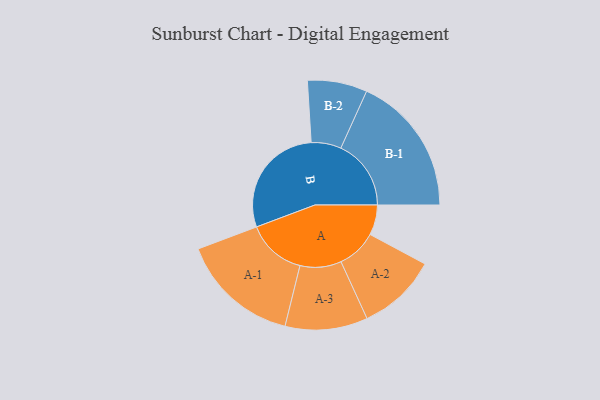
{"axis": {"x": "Segment", "y": "Value"}, "legend": ["", "A", "B"], "data": [{"x": "A", "y": 106, "type": ""}, {"x": "B", "y": 403, "type": ""}, {"x": "A-1", "y": 209, "type": "A"}, {"x": "A-2", "y": 140, "type": "A"}, {"x": "A-3", "y": 145, "type": "A"}, {"x": "B-1", "y": 247, "type": "B"}, {"x": "B-2", "y": 105, "type": "B"}]}